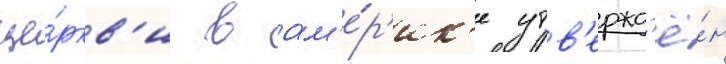
це́ркв'и в ам'е́р'ик'е утв'ержд'ё́н